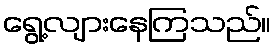
ရွေ့လျားနေကြသည်။